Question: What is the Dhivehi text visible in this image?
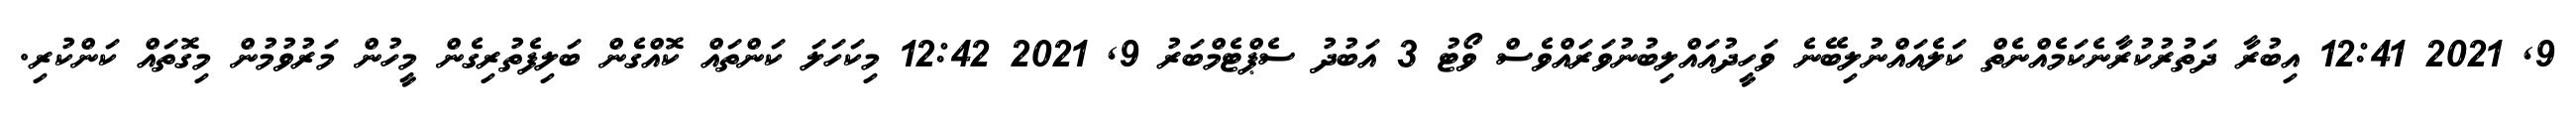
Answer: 9, 2021 12:41 އިބުރާ ދަތުރުކުރާނެކަމެއްނެތް ކަލެއައްނުލިބޭނެ ވަހީދުއައްލިބުނުވަރައްވެސް ވޯޓު 3 އަބުދު ސެޕްޓެމްބަރު 9, 2021 12:42 މިކަހަލަ ކަންތައް ކޮއްގެން ބަލިފެތުރިގެން މީހުން މަރުވުމުން މިގޮތައް ކަންކުރި.